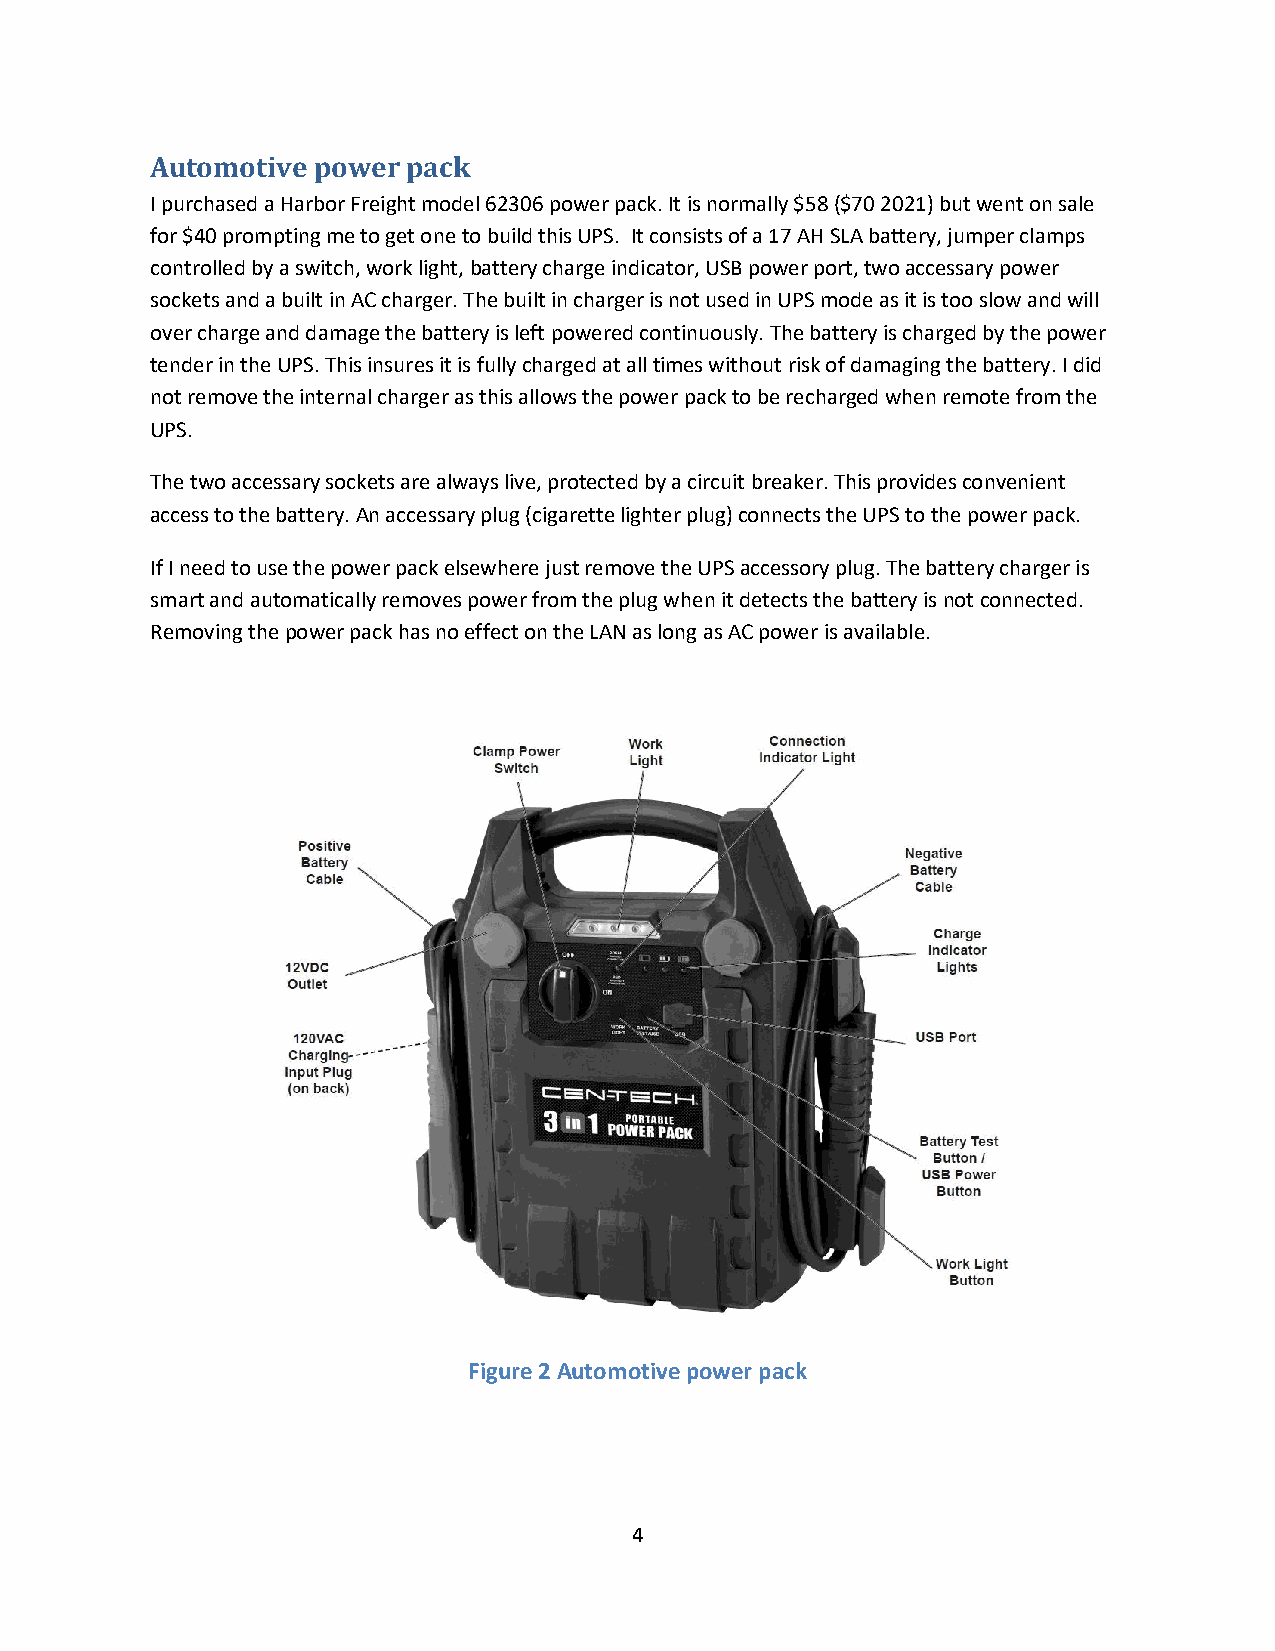
Automotive power pack
 I purchased a Harbor Freight model 62306 power pack. It is normally $58 ($70 2021) but went on sale
 for $40 prompting me to get one to build this UPS. It consists of a 17 AH SLA battery, jumper clamps
 controlled by a switch, work light, battery charge indicator, USB power port, two accessary power
 sockets and a built in AC charger. The built in charger is not used in UPS mode as it is too slow and will
 over charge and damage the battery is left powered continuously. The battery is charged by the power
 tender in the UPS. This insures it is fully charged at all times without risk of damaging the battery. I did
 not remove the internal charger as this allows the power pack to be recharged when remote from the
 UPS.
 The two accessary sockets are always live, protected by a circuit breaker. This provides convenient
 access to the battery. An accessary plug (cigarette lighter plug) connects the UPS to the power pack.
 If I need to use the power pack elsewhere just remove the UPS accessory plug. The battery charger is
 smart and automatically removes power from the plug when it detects the battery is not connected.
 Removing the power pack has no effect on the LAN as long as AC power is available.
 Figure 2 Automotive power pack
 4